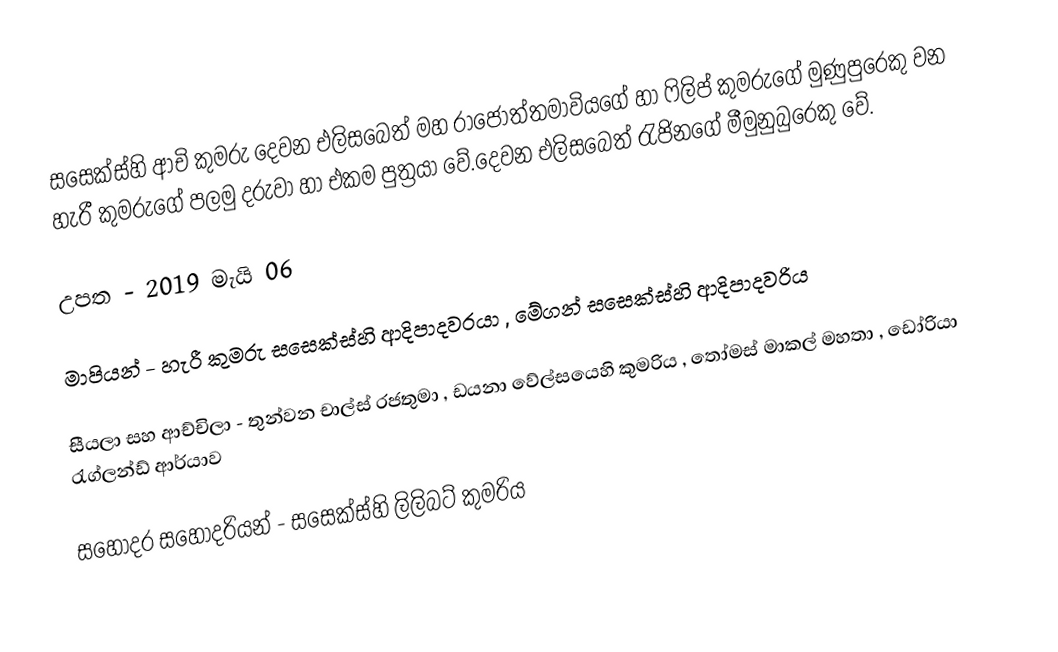
සසෙක්ස්හි ආචි කුමරු දෙවන එලිසබෙත් මහ රාජෝත්තමාවියගේ හා ෆිලිප් කුමරුගේ මුණුපුරෙකු වන හැරී කුමරුගේ පලමු දරුවා හා එකම පුත්‍රයා වේ.දෙවන එලිසබෙත් රැජිනගේ මීමුනුබුරෙකු වේ.

උපත - 2019 මැයි 06

මාපියන් - හැරී කුමරු සසෙක්ස්හි ආදිපාදවරයා , මේගන් සසෙක්ස්හි ආදිපාදවරිය

සීයලා සහ ආච්චිලා - තුන්වන චාල්ස් රජතුමා , ඩයනා වේල්සයෙහි කුමරිය , තෝමස් මාකල් මහතා , ඩෝරියා රැග්ලන්ඩ් ආර්යාව

සහෝදර සහෝදරියන් - සසෙක්ස්හි ලිලිබට් කුමරිය